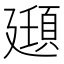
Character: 𫸔